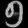
Digit: ၅